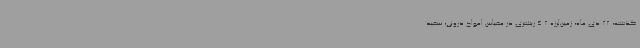
گذشته، 22 دی ‌ماه، زمین‌لرزه 4.2 ریشتری در مقیاس امواج درونی، سفید